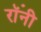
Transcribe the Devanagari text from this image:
रॉंनी